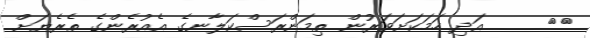
٧٢     އަދި ހަމަކަށަވަރުން ތިމަންރަސްކަލާނގެ އެއުރެންގެ ތެރެޔަށް